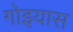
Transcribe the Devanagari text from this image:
गोइयास